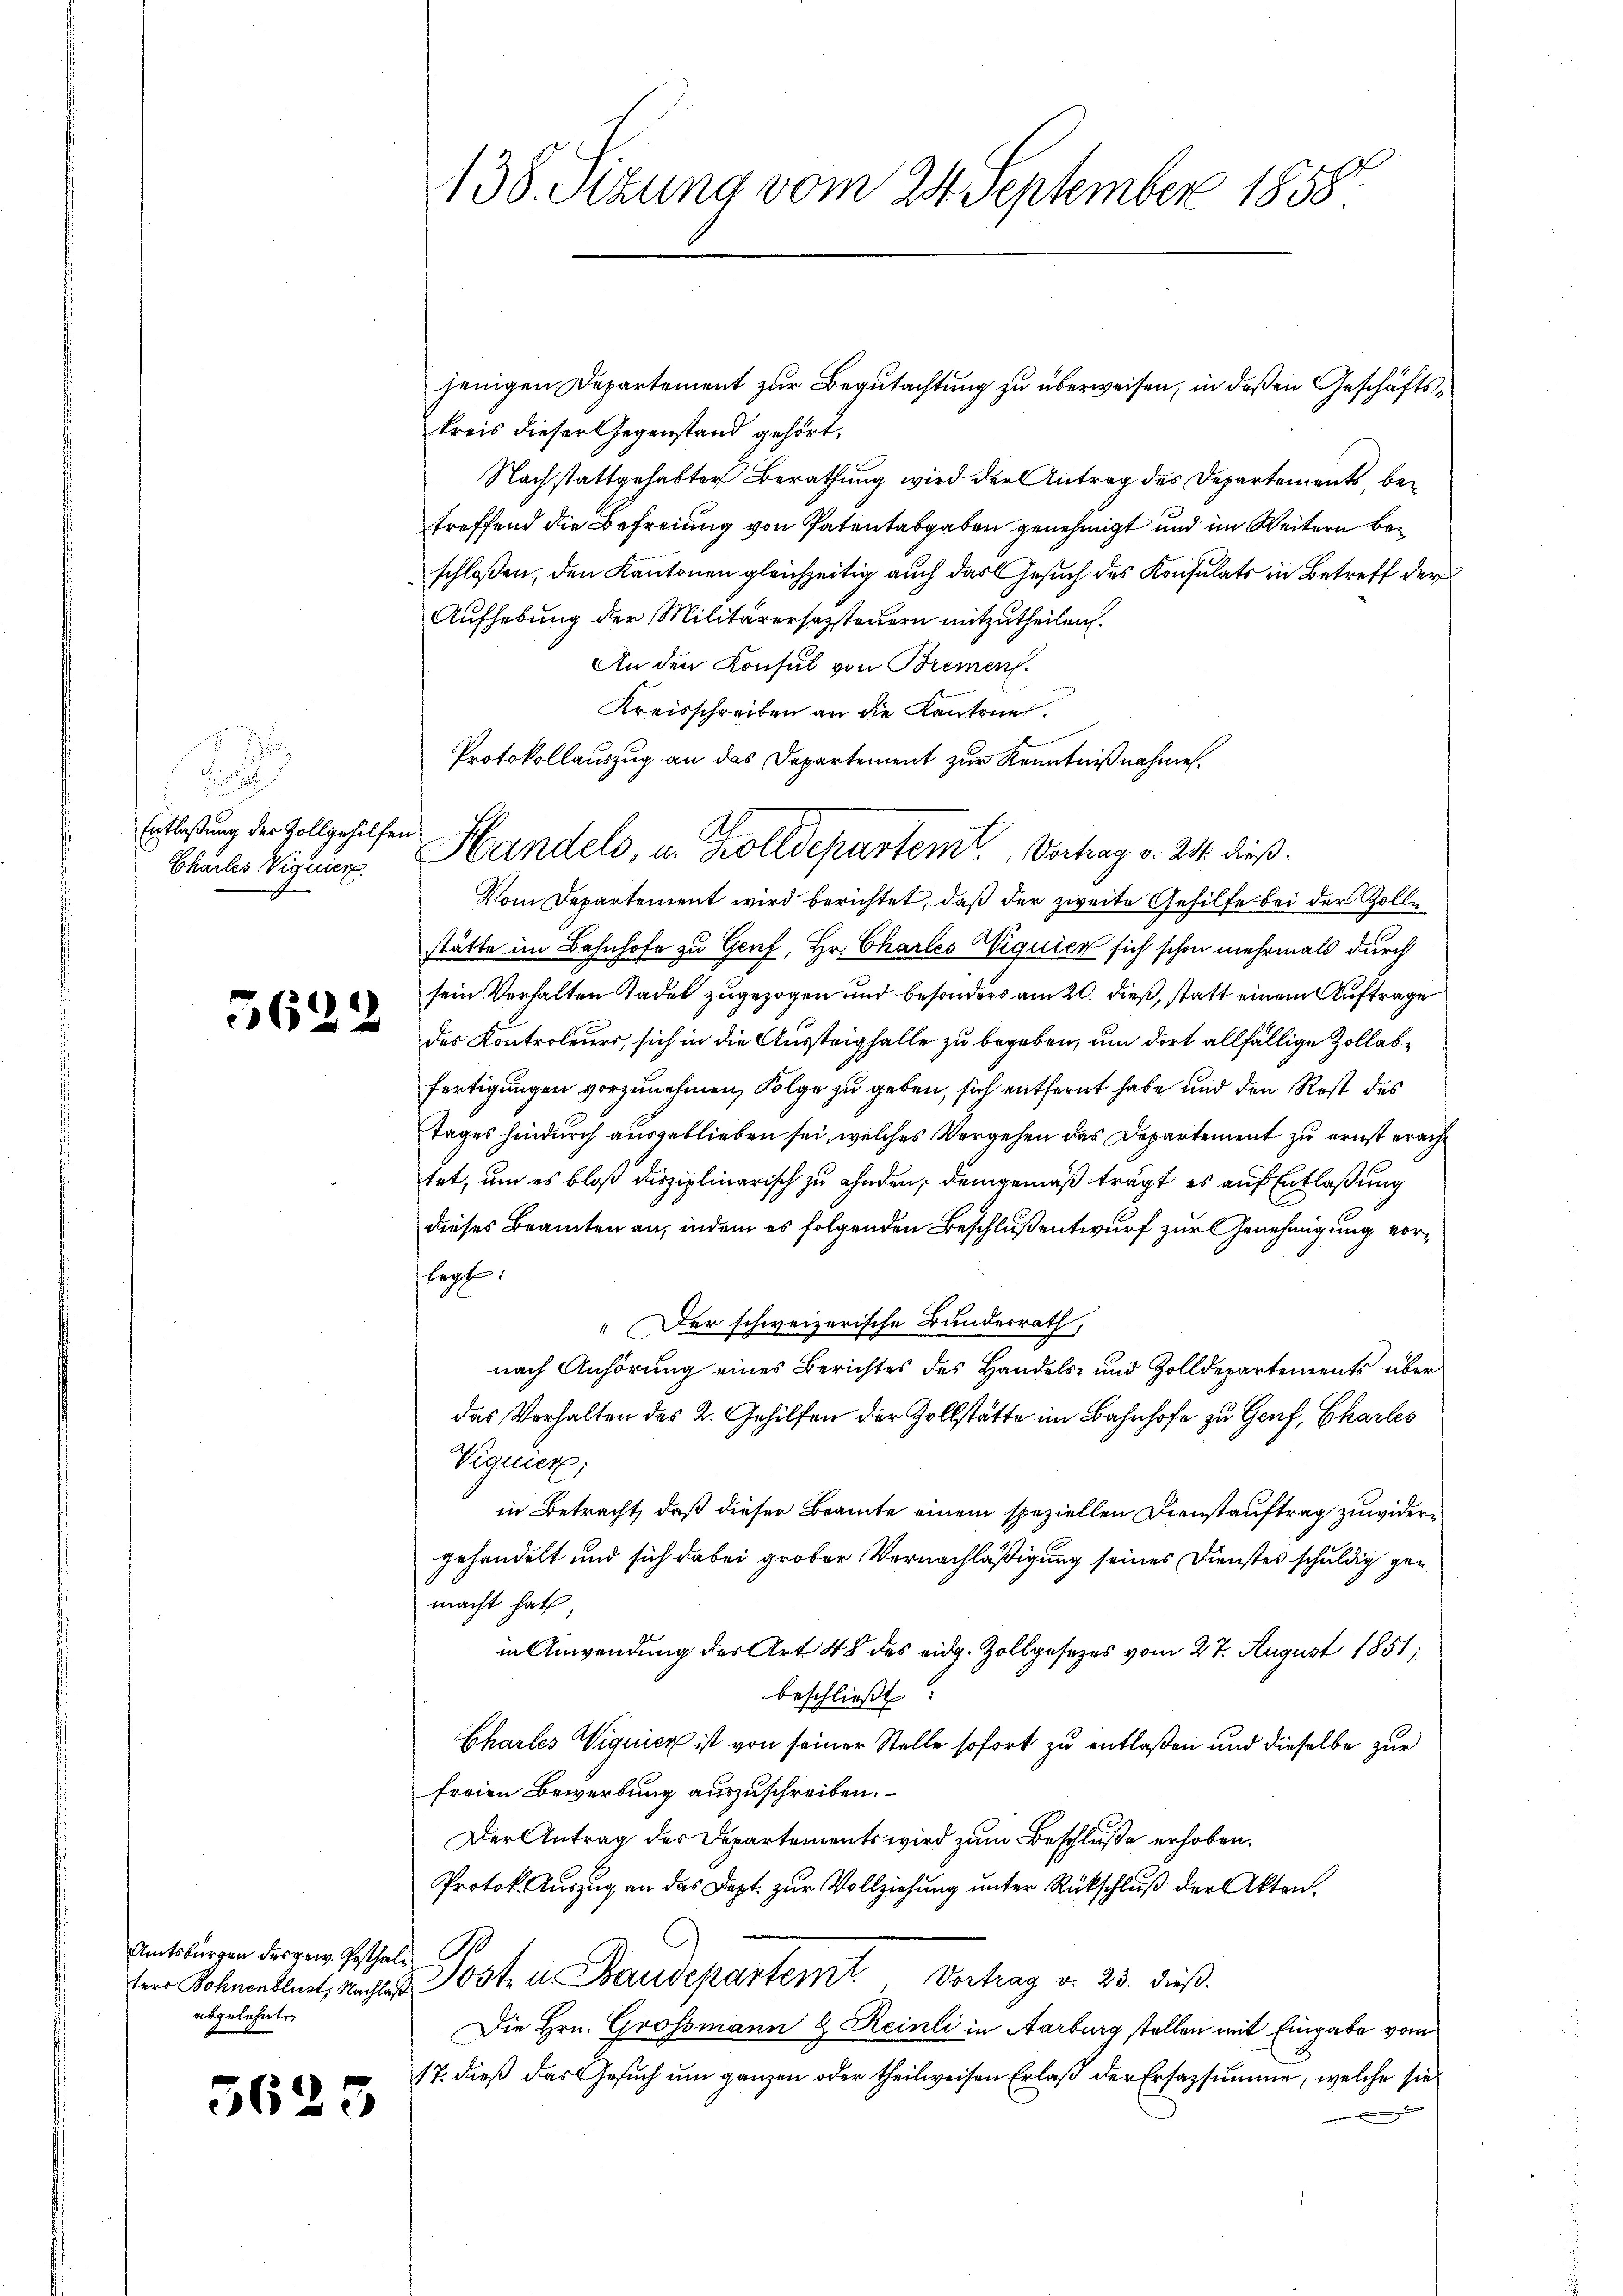
2
Entlaßung der Zollgehilfen
Charles Viquier

5622

Amtsburgen der gew. Posthal
abgelehnte

5623

jenigen Departement zur Begutachtung zu überweisen, in deßen Geschäftskreis dieser Gegenstand gehört,
Nachstattgehabter Berathung wird der Antrag des Departements betreffend die Befreiung von Patentabgaben genehmigt und im Weitern beschloßen, den Kantonen gleichzeitig auch das Gesuch des Konsulats in Betreff der
Aufhebung der Militärersezsteuern mitzutheilen.
An den Konsul von Brement.
Kreisschreiben an die Kantone.
Vom Departement wird berichtet, daß der zweite Gehilfe bei der Zolle
stätte im Bahnhofe zu Genf, Hr. Charles Wiquier sich schon mehrmals durch
sein Verhalten Tadel zugezogen und besonders am 20. dieß, statt einem Auftrage
des Kontroleurs, sich in die Aussteighalle zu begeben, um dort allfällige Zollabfertigungen vorzunehmen, Folge zu geben, sich entfernt habe und den Rest des
tages hindurch ausgeblieben sei, welches Vergehen des Departement zu ernst eracht
tet, um es bloß durziplinarisch zu ahnden, demgemäß trägt es auf Entlaßung
dieses Beamten an, indem es folgenden Beschluß entwurf zur Genehmigung vorlegt:
" Der schweizerische Bundesrath,
nach Anhörung eines Berichtes des Handels- und Zolldepartements über
das Verhalten des 2. Gehilfen der Zollstätte im Bahnhofe zu Genf, Charles
Viquier;
in Betracht, daß dieser Beamte einem speziellen Dienstauftrag zuwidergehandelt und sich dabei grober Vernachläßigung seines Dienstes schuldig gemacht hat
in Anwendung der Art. 48 des eidg. Zollgesezes vom 27. August 1851;
beschließt:
Chartes Viquier ist von seiner Stelle sofort zu entlaßen und dieselbe zur
freien Bewerbung auszuschreiben.
Der Antrag der Departements wird zum Beschluße erhoben.
Protok. Auszug an das Dept. zur Vollziehung unter Rückschluß der Akten.
tere Rohnenblust, nach Ost- u. Baudepartem Vortrag v. 23. dieß.
Die Hrn. Grossmann & Reinli in Aarburg stellen mit Eingabe vom
17. dieß das Gesuch um ganzen oder theilweisen Erlaß der Ersazsumme, welche sie

138. Sizung vom 24. September 1858

Protokollauszug an das Departement zur Kenntnißnahmen.
2
Handels, u. Zolldepartem Vortrag v. 24. dieß.